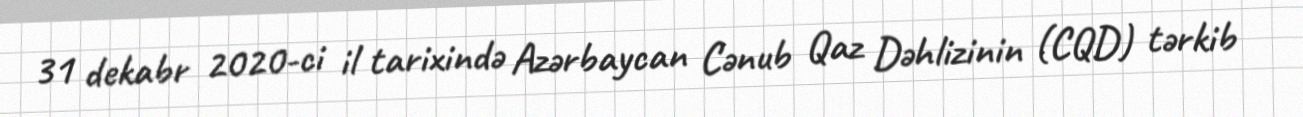
31 dekabr 2020-ci il tarixində Azərbaycan Cənub Qaz Dəhlizinin (CQD) tərkib